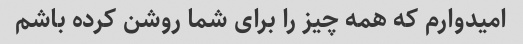
امیدوارم که همه چیز را برای شما روشن کرده باشم